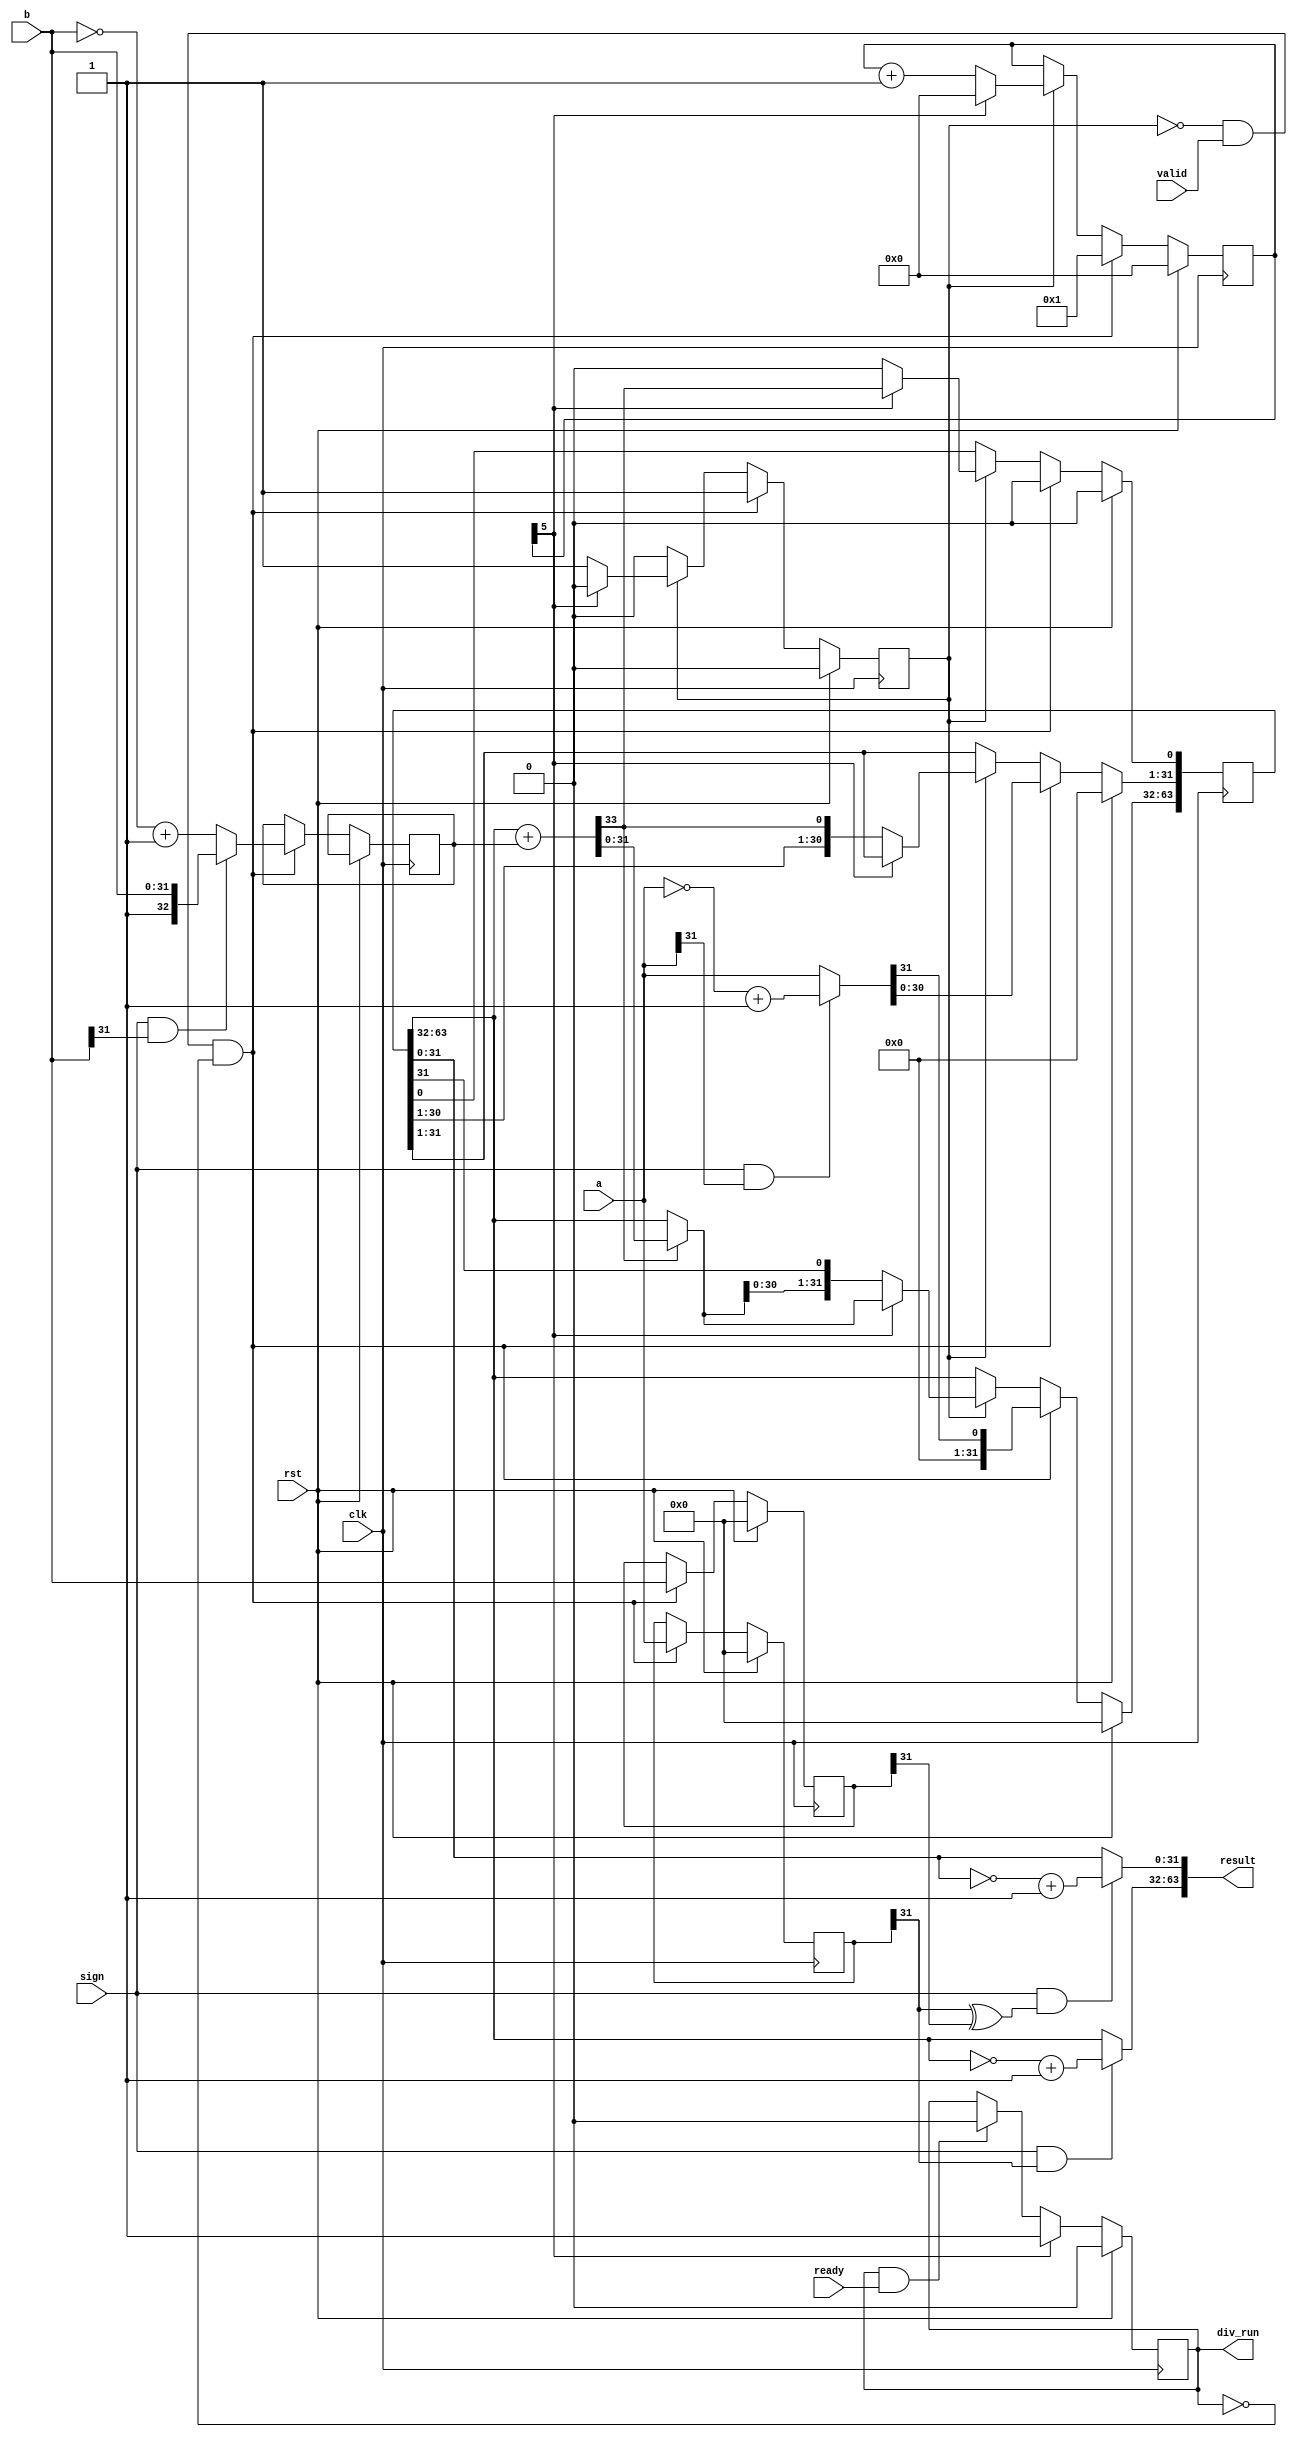
`timescale 1ns / 1ps
//////////////////////////////////////////////////////////////////////////////////
// Company:
// Engineer:
//
// Design Name:
// Module Name: Divv
// Project Name:
// Target Devices:
// Tool Versions:
// Description:
//
// Dependencies:
//
// Revision:
// Revision 0.01 - File Created
// Additional Comments:
//
//////////////////////////////////////////////////////////////////////////////////


module div(
           input wire clk,
           input wire rst,
           input wire [31:0] a,    //???
           input wire [31:0] b,    //??
           input wire sign,        //????

           input wire valid,   //master??????
           input wire ready,   //master????????
           output reg div_run,   //?????????????stall
           output wire [63:0] result
       );
reg [31:0] a_save, b_save;
reg [63:0] SR;                  //????????
reg [32 :0] NEG_DIVISOR;        //divisor 2's complement
wire [31:0] REMAINER, QUOTIENT;
assign REMAINER = SR[63:32];
assign QUOTIENT = SR[31: 0];

wire [31:0] divident_abs;
wire [32:0] divisor_abs;
wire [31:0] remainer, quotient;

assign divident_abs = (sign & a[31]) ? ~a + 1'b1 : a;
//??????????
assign remainer = (sign & a_save[31]) ? ~REMAINER + 1'b1 : REMAINER;
assign quotient = sign & (a_save[31] ^ b_save[31]) ? ~QUOTIENT + 1'b1 : QUOTIENT;
assign result = {remainer,quotient};

wire CO;
wire [32:0] sub_result;
wire [32:0] mux_result;
//sub
assign {CO,sub_result} = {1'b0,REMAINER} + NEG_DIVISOR;
//mux
assign mux_result = CO ? sub_result : {1'b0,REMAINER};

//FSM
reg [5:0] cnt;
reg start_cnt;
always @(posedge clk)
begin
    if(rst)
    begin
        SR <= 0;
        a_save <= 0;
        b_save <= 0;

        cnt <= 0;
        start_cnt <= 1'b0;
    end
    else if(~start_cnt & valid & ~div_run)
    begin
        cnt <= 1;
        start_cnt <= 1'b1;
        a_save <= a;
        b_save <= b;

        //Register init
        SR[63:0] <= {31'b0,divident_abs,1'b0}; //????
        NEG_DIVISOR <= (sign & b[31]) ? {1'b1,b} : ~{1'b0,b} + 1'b1; //???
    end
    else if(start_cnt)
    begin
        if(cnt[5])
        begin    //cnt == 32
            cnt <= 0;
            start_cnt <= 1'b0;

            //Output result
            SR[63:32] <= mux_result[31:0];
            SR[0] <= CO;
        end
        else
        begin
            cnt <= cnt + 1;

            SR[63:0] <= {mux_result[30:0],SR[31:1],CO,1'b0}; //??????
        end
    end
end

wire data_go;
assign data_go = div_run & ready;
always @(posedge clk)
begin
    div_run <= rst     ? 1'b0 :
            cnt[5]  ? 1'b1 :
            data_go ? 1'b0 : div_run;
end
endmodule